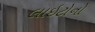
લાઇટોનો